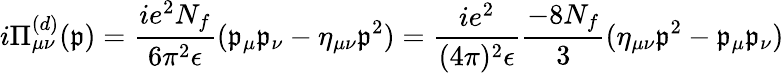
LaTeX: i\Pi_{\mu\nu}^{(d)}(\mathfrak{p})=\frac{{ie^{2}N_{f}}}{{6\pi^{2}\epsilon}}(\mathfrak{p}_{\mu}\mathfrak{p}_{\nu}-\eta_{\mu\nu}\mathfrak{p}^{2})=\frac{{ie^{2}}}{{(4\pi)^{2}\epsilon}}\frac{{-8N_{f}}}{{3}}(\eta_{\mu\nu}\mathfrak{p}^{2}-\mathfrak{p}_{\mu}\mathfrak{p}_{\nu})